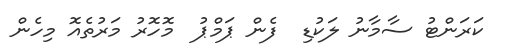
ކަރަންޓު ސާމާނު ލަކުޑި  ފެން ޕަމްޕު  މޮހޮރު މަރުތެއޮ މިހެން